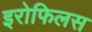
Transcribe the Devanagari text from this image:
इरोफिलस